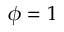
\phi = 1